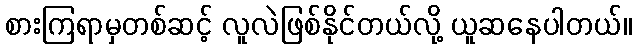
စားကြရာမှတစ်ဆင့် လူလဲဖြစ်နိုင်တယ်လို့ ယူဆနေပါတယ်။